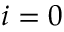
i = 0